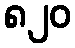
၈၂၀